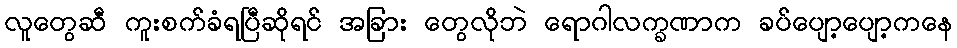
လူတွေဆီ ကူးစက်ခံရပြီဆိုရင် အခြား တွေလိုဘဲ ရောဂါလက္ခဏာက ခပ်ပျော့ပျော့ကနေ